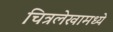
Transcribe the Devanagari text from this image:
चित्रलेखामध्ये